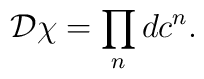
{\cal D}\chi = \prod_n dc^n.